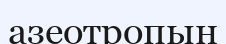
азеотропын